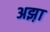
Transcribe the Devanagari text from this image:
अझ़ा